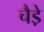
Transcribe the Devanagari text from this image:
चैडे़